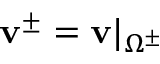
\mathbf { v } ^ { \pm } = \mathbf { v } | _ { \Omega ^ { \pm } }